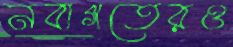
নবাগতেরও